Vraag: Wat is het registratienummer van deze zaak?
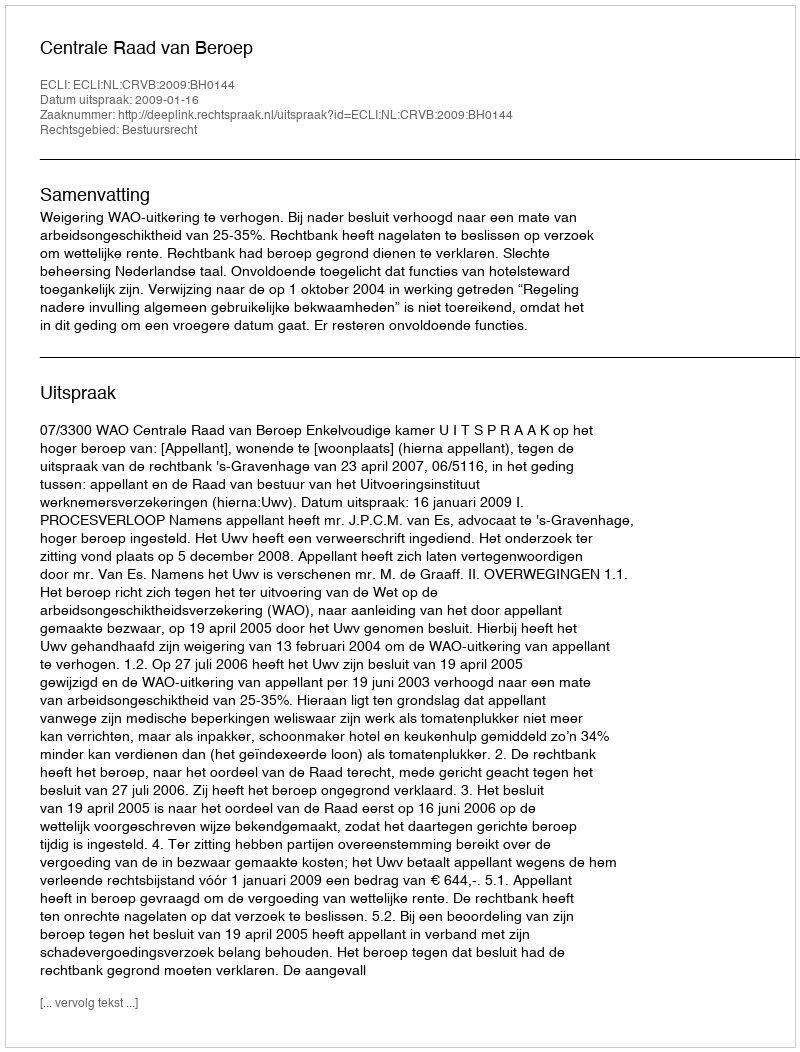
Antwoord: http://deeplink.rechtspraak.nl/uitspraak?id=ECLI:NL:CRVB:2009:BH0144